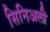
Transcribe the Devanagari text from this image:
सिनिअली